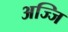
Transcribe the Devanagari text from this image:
अज्जि